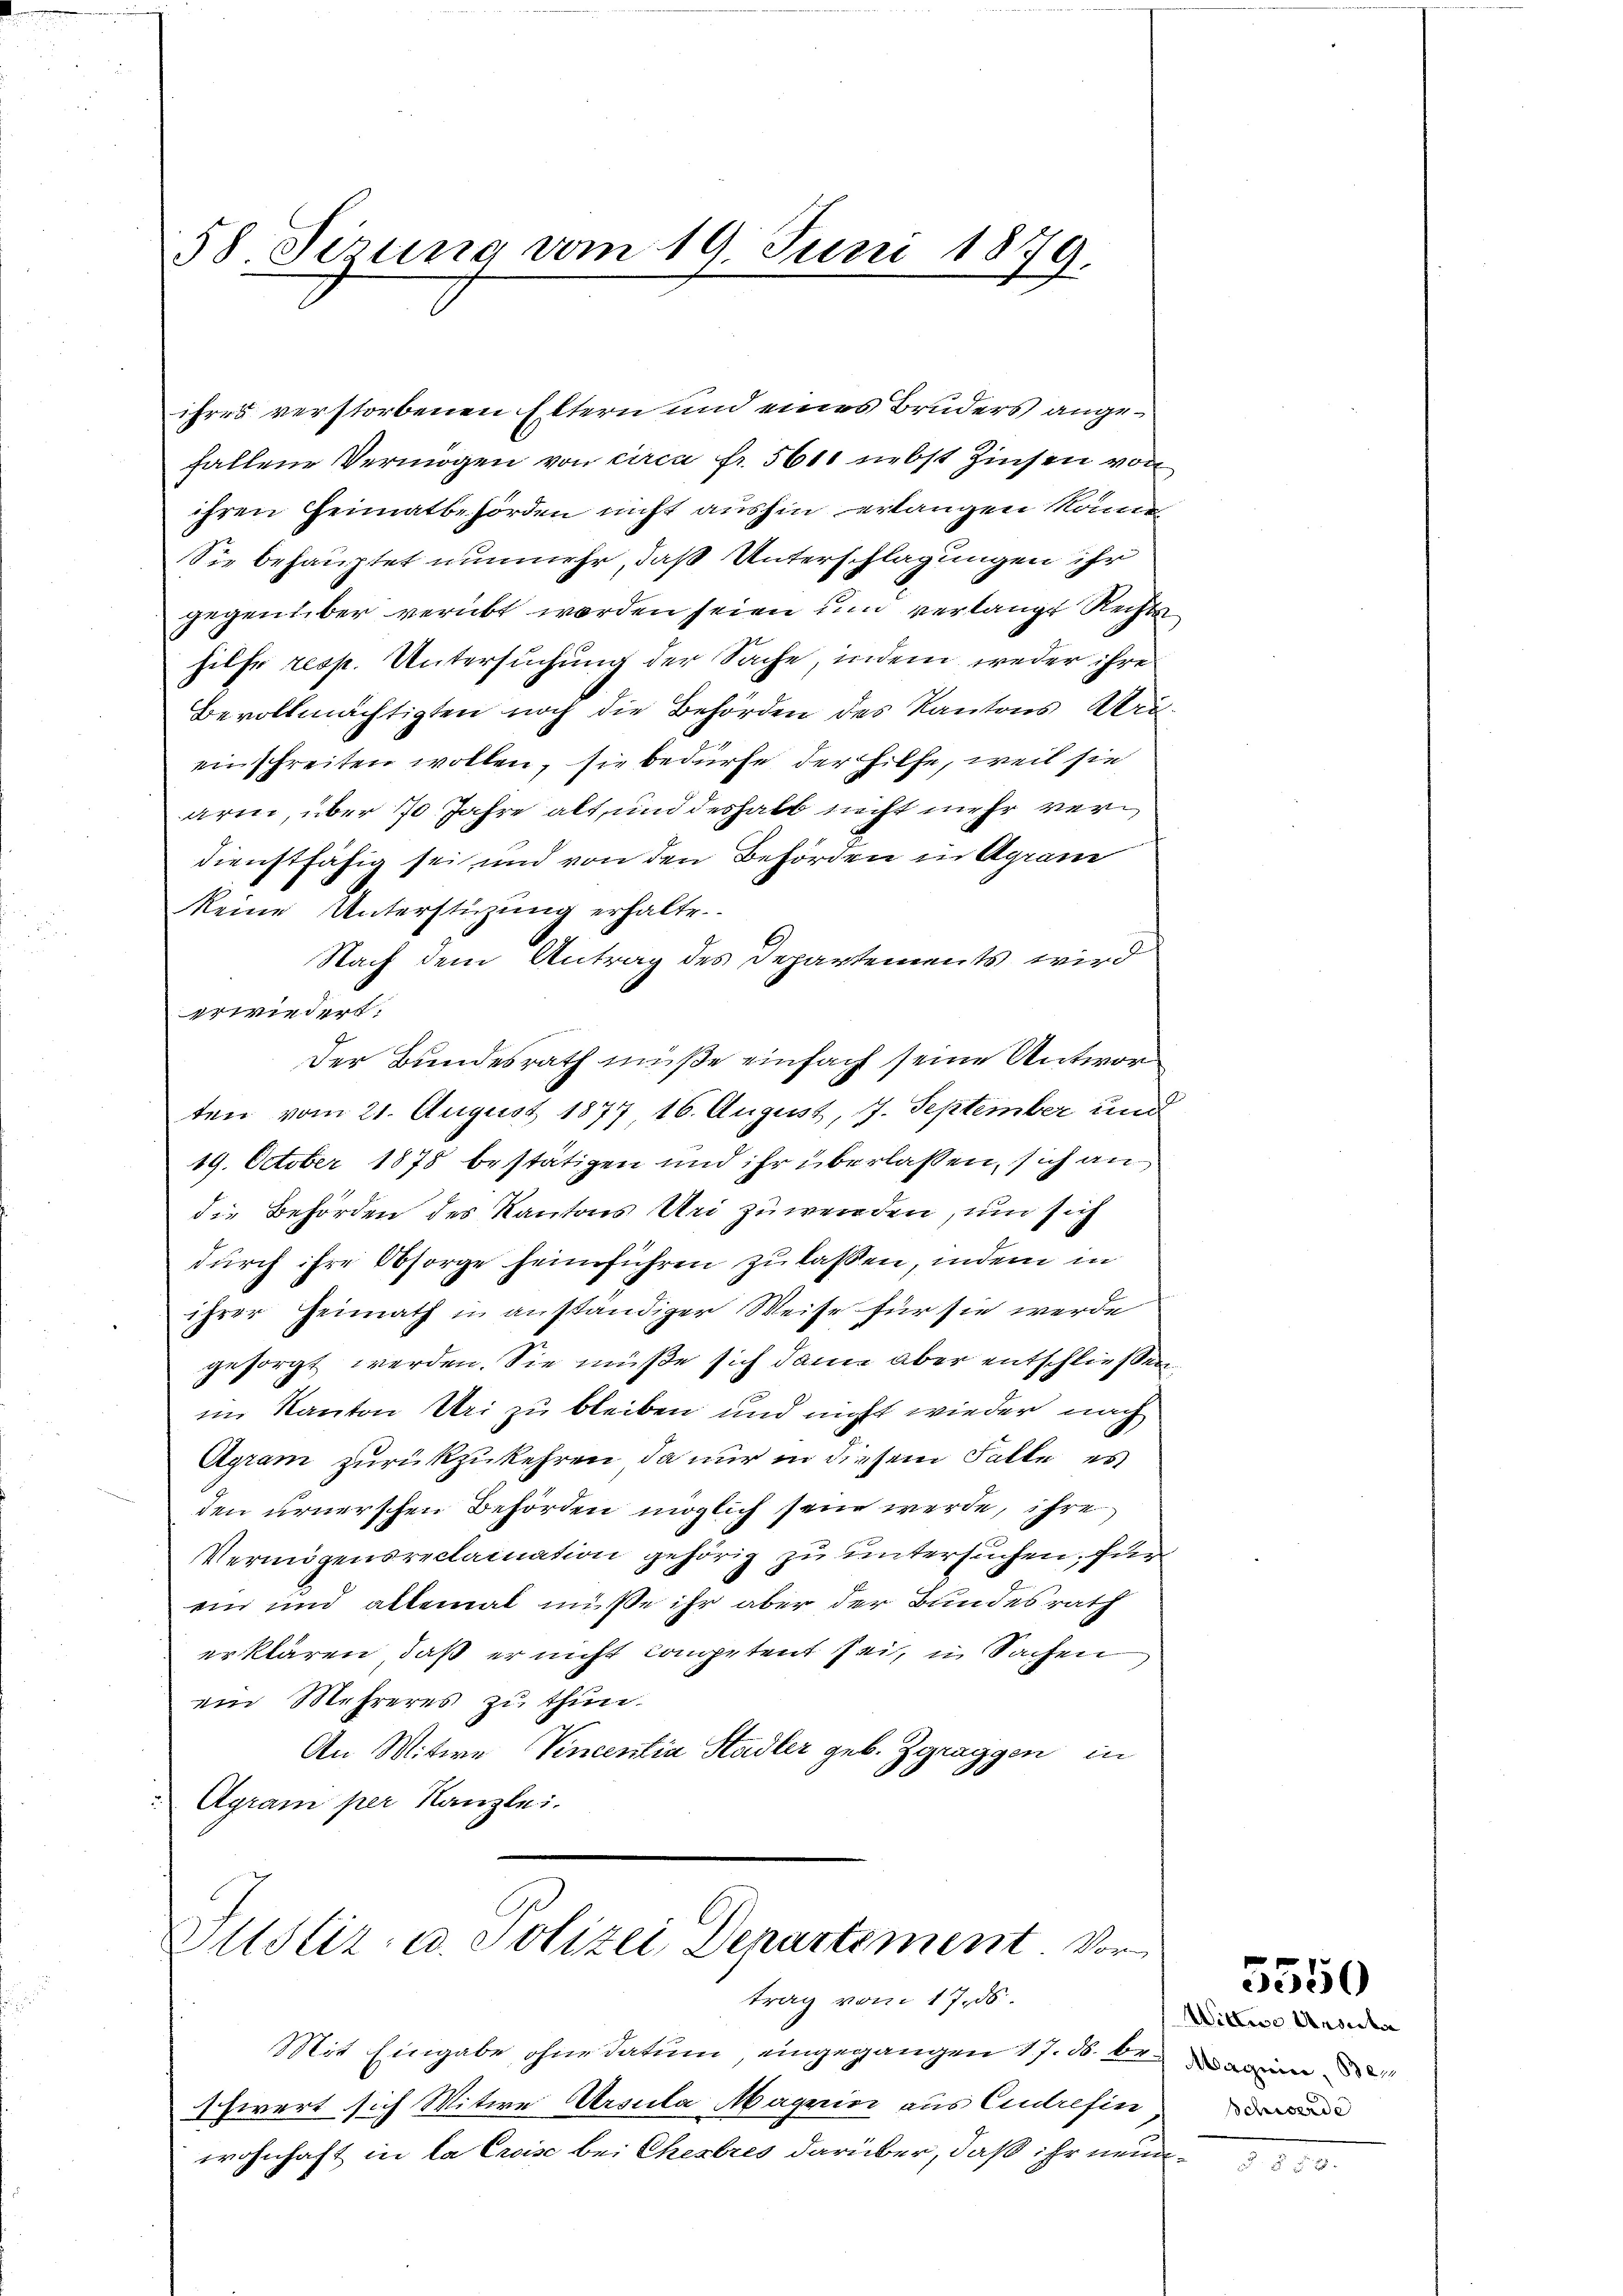
58 Sirung vom 19. Juni 1879.

ihres verstorbenen Eltern und eines Bruders angefallene Vermögen von circa Fr. 561 nebst Zinsen von
ihren Heimatbehörden nicht aushin erlangen könne,
Sie behauptet nunmehr, daß Unterschlagungen ihr
gegenüber verübt werden seien um verlangt Rechts
hilfe resp. Untersuchung der Sache, indem weder ihre
Bevollmächtigten noch die Behörden des Kantons Urieinschreiten wollen, sie bedürfe der Hilfe, weil sie
arm, über 70 Jahre alt, und deshalb nicht mehr verdienstfähig sei und von den Behörden in Agram
keine Unterstüzung erhalte.
Nach dem Antrag des Departements wird
erwiedert.
Der Bundesrath müße einfach seine Antwor
ten vom 21. August 1877 16. August, 7. September und
19. October 1878 bestätigen und ihr überlassen, sich an
die Behörden des Kantons Uri zu werden, um sich
durch ihre Obsorge heimführen zu laßen, indem in
ihrer Heimath in anständiger Weise für sie werde
gesorgt werden. Sie müße sich dann aber entschließen
im Kanton Uri zu bleiben und nicht wieder nach
Agram zurückzukehren, da nur in diesem Falle es
den urnerschen Behörden möglich sein werde, ihre
Vermögensreclamation gehörig zu untersuchen, für
ein und allemal müße ihr aber der Bundesrath
erklären, daß er nicht competent sei, u Sachen
ein Mehreres zu thun.
An Mitwe Vincentia Stadler geb. Zgraggen in
88
Agrani per Kanzlei.

Zustiz- u. Polizei Departement Vor
trag vom 17. ds.

Mit Eingabe ohne datum eingegangen 17. ds. be
Schwert sich Witwe Ursula Magrin aus Cudrefin
wohnhaft in la Croise bei Chestres darüber, daß ihr neun¬

Wittwe Ansta
Maguin, Ben

5550